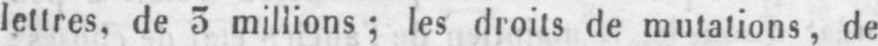
lettres, de 3 millions; les droits de mutations, de